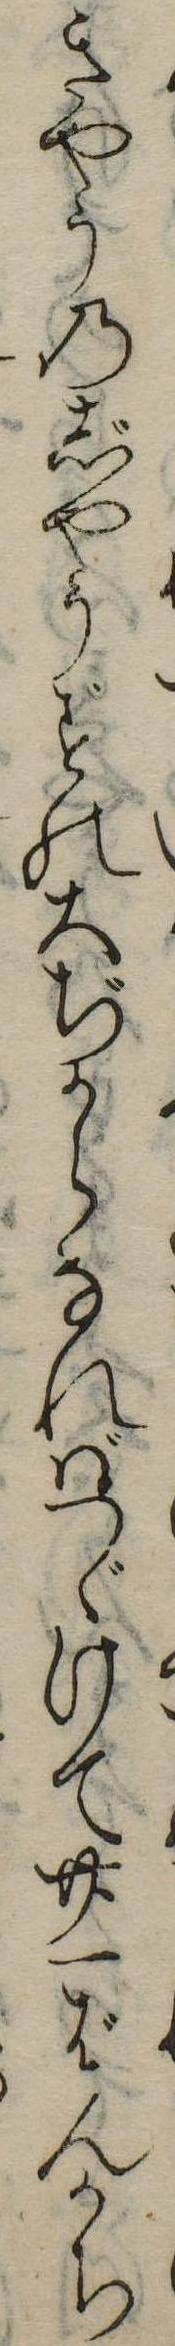
きやうのじやうずの大ぢからなればつゞけて廿一ばんかち